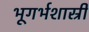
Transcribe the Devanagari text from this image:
भूगर्भशास्री